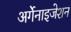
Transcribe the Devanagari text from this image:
अर्गेनाइजेशन